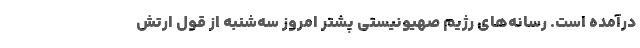
درآمده است. رسانه‌های رژیم صهیونیستی پشتر امروز سه‌شنبه از قول ارتش